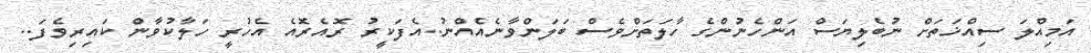
އަމިއްލަ ސިއްޚަތަށް ނުބެލިޔަސް އަންހެނުންގެ ހާލަތަށްވެސް ބަލަންވާނެއެއްނު..އެފަކީރު ރޮއެރޮއެ އެހުރީ ހަލާކުވާން ކައިރިވެފަ..